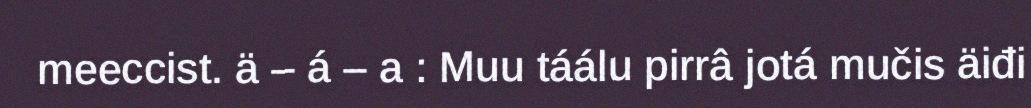
meeccist. ä – á – a : Muu táálu pirrâ jotá mučis äiđi